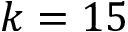
k = 1 5